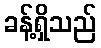
ခန့်ရှိသည်